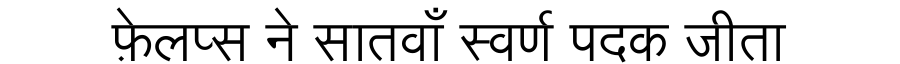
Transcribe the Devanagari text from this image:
फ़ेलप्स ने सातवाँ स्वर्ण पदक जीता